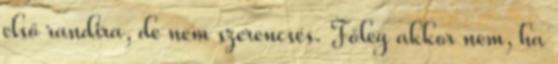
első randira, de nem szerencsés. Főleg akkor nem, ha